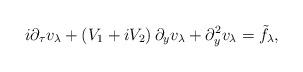
LaTeX: \begin{align*}i\partial_{\tau} v_{\lambda}+ \left(V_1+ iV_2 \right)\partial_y v_{\lambda}+\partial^2_y v_{\lambda} = \tilde{f}_\lambda,\end{align*}